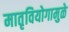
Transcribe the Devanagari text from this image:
मातृवियोगामुळे